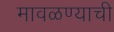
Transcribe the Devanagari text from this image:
मावळण्याची